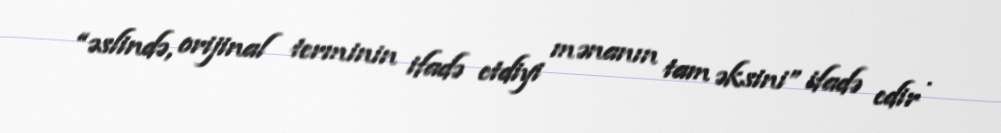
“əslində, orijinal terminin ifadə etdiyi mənanın tam əksini” ifadə edir .